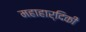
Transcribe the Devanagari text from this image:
महाहार्दिकी